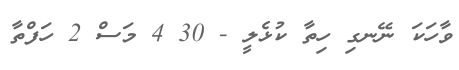
ވާހަކަ ނޭނގި ހިތާ ކުޅެލީ - 30 4 މަސް 2 ހަފްތާ